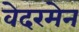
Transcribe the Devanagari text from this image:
वेदरमेन